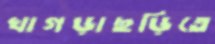
খাগড়াছড়িতে